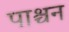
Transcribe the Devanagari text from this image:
पाश्चन